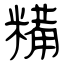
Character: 糒